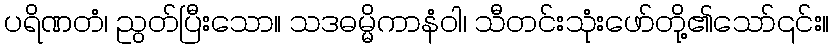
ပရိဏတံ၊ ညွတ်ပြီးသော။ သဒဓမ္မိကာနံဝါ၊ သီတင်းသုံးဖော်တို့၏သော်၎င်း။